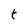
Character: t